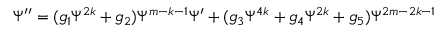
\Psi ^ { \prime \prime } = ( g _ { 1 } \Psi ^ { 2 k } + g _ { 2 } ) \Psi ^ { m - k - 1 } \Psi ^ { \prime } + ( g _ { 3 } \Psi ^ { 4 k } + g _ { 4 } \Psi ^ { 2 k } + g _ { 5 } ) \Psi ^ { 2 m - 2 k - 1 }